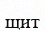
щит